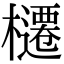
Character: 櫏